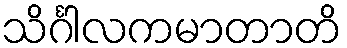
သိင်္ဂါလကမာတာတိ